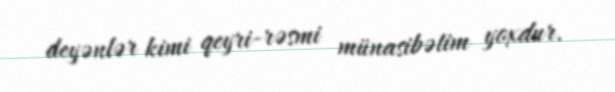
deyənlər kimi qeyri-rəsmi münasibətim yoxdur.